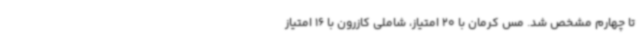
تا چهارم مشخص شد. مس کرمان با 20 امتیاز، شاملی کازرون با 16 امتیاز